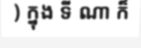
) ក្នុង ទី ណា ក៏